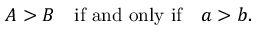
A > B \quad { \mathrm { i f ~ a n d ~ o n l y ~ i f } } \quad a > b .